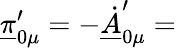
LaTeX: \underline{{{\pi}}}_{0\mu}^{\prime}=-\underline{{{\dot{A}}}}_{0\mu}^{\prime}=